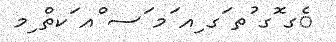
ެގ ޮގ ުތ ަގ ިއ ަމ ަސ ްއ ަކތް ިމ